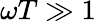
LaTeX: \omega T\gg 1